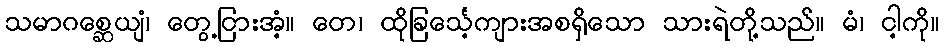
သမာဂစ္ဆေယျံ၊ တွေ့ငြားအံ့။ တေ၊ ထိုခြင်္သေ့ကျားအစရှိသော သားရဲတို့သည်။ မံ၊ ငါ့ကို။